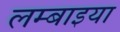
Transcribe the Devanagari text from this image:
लम्बाइया